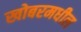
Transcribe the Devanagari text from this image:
खोबरमधील